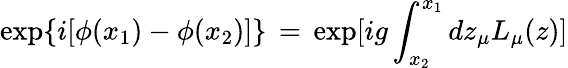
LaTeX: \exp\{ i[\phi(x_{1})-\phi(x_{2})]\} \, =\, \exp[ig\int_{x_{2}}^{x_{1}}dz_{\mu}L_{\mu}(z)]